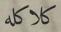
كلاكله